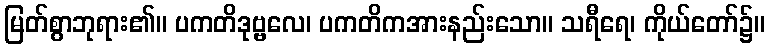
မြတ်စွာဘုရား၏။ ပကတိဒုဗ္ဗလေ၊ ပကတိကအားနည်းသော။ သရီရေ၊ ကိုယ်တော်၌။